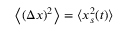
\left\langle \left( \Delta x \right) ^ { 2 } \right\rangle = \langle x _ { s } ^ { 2 } ( t ) \rangle